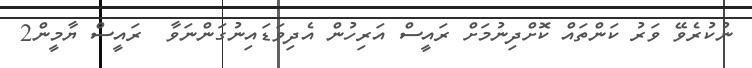
ނުކުރެވޭ ވަރު ކަންތައް ކޮށްދިނުމަށް ރައީސް އަރިހުން އެދިވަޑައިނުގަންނަވާ  ރައީސް ޔާމީން2